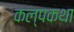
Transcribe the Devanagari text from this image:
कल्पकथा